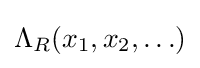
\Lambda _{R}(x_{1},x_{2},\ldots )